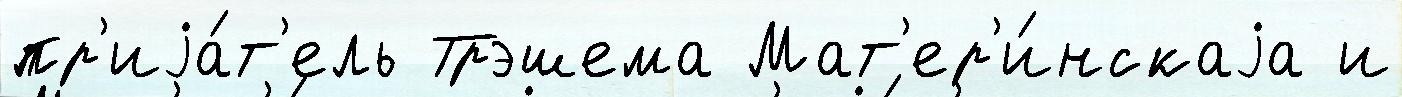
пр'иjа́т'ель Трэшема Мат'ер'и́нскаjа и